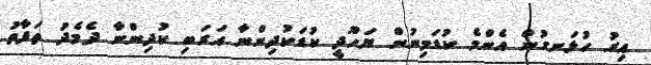
އިރު ހުޅަނގުން އެންމެ ކުޑަމިނުން ޔަހޫދީ ކުޑަކުދިންނާ އަރަބި ކުދިންނާ ދެމެދު ތަފާތު